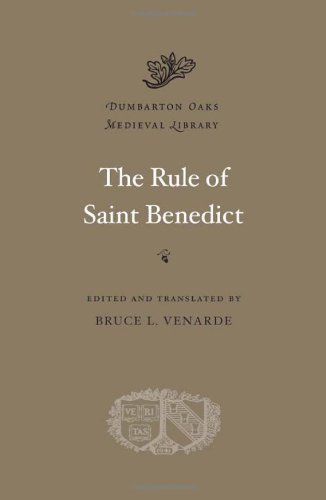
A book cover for The Rule of Saint Benedict (Dumbarton Oaks Medieval Library); Benedict of Nursia; Christian Books & Bibles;